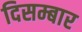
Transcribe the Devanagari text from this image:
दिसम्बार